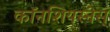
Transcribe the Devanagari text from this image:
काॅनशियस्नेस्